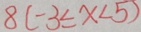
8 ( - 3 \leq x < 5 )